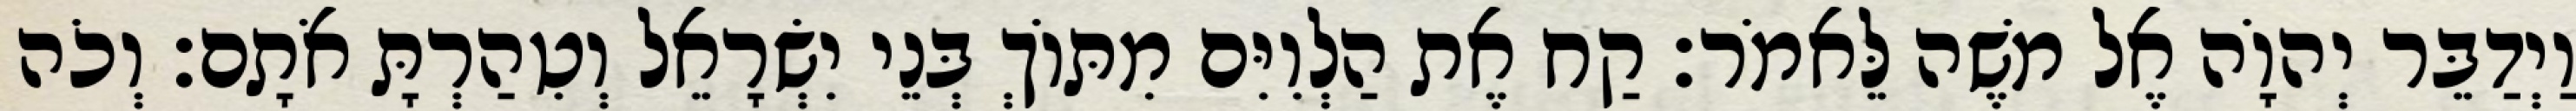
וַיְדַבֵּר יְהוָֹה אֶל משֶׁה לֵּאמֹר׃ קַח אֶת הַלְוִיִּם מִתּוֹךְ בְּנֵי יִשְׂרָאֵל וְטִהַרְתָּ אֹתָם׃ וְכֹה